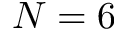
N = 6